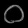
Digit: ၀